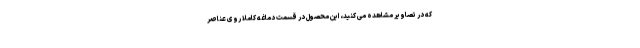
که در تصاویر مشاهده می کنید، این محصول در قسمت دماغه کاملا روی عناصر